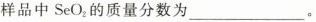
样品中SeO_{2}的质量分数为___。